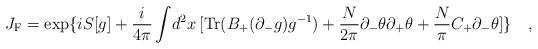
LaTeX: \begin{align*}J_{{\rm F}} = \exp\{ iS[g]+\frac{i}{4\pi}\int\!d^2 x\,[{\rm Tr}(B_{+}(\partial_{-} g)g^{-1}) +\frac{N}{2 \pi}\partial_-\theta\partial_+\theta + \frac{N}{\pi}C_+\partial_-\theta] \}\quad,\end{align*}